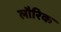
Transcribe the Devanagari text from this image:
लौरिक